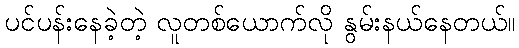
ပင်ပန်းနေခဲ့တဲ့ လူတစ်ယောက်လို နွမ်းနယ်နေတယ်။